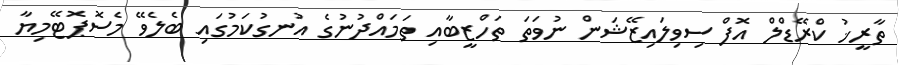
ތާރީޚު ކްރޭޑްލް އޮފް ސިވިލައިޒޭޝަން ނުވަތަ ތަހްޒީބާއި ތަމައްދުނުގެ އުނގުކަމުގައި ބެލެވޭ މެސޮޕޮޓޭމިޔާ